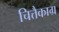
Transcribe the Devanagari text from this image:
चित्तैकाग्र